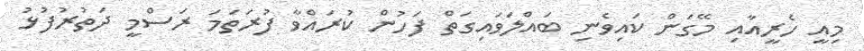
މިއީ ހެރީއާއި މޭގަން ކައިވެނި ބައްލަވައިގަތް ފަހުން ކުރައްވާ ފުރަތަމަ ރަސްމީ ދަތުރުފުޅު